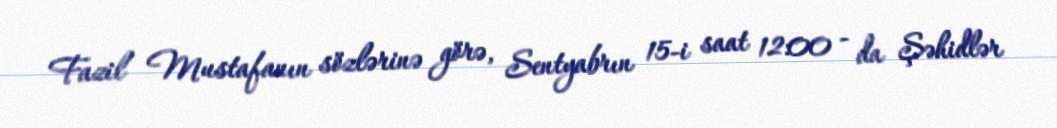
Fazil Mustafanın sözlərinə görə, Sentyabrın 15-i saat 12:00 - da Şəhidlər